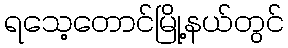
ရသေ့တောင်မြို့နယ်တွင်